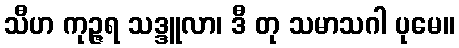
သီဟ ကုဉ္ဇရ သဒ္ဒူလာ၊ ဒီ တု သမာသဂါ ပုမေ။